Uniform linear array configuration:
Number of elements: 16
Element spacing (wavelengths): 1
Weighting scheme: blackman
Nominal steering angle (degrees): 60
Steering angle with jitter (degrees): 60.949
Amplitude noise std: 0.05
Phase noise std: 0.05

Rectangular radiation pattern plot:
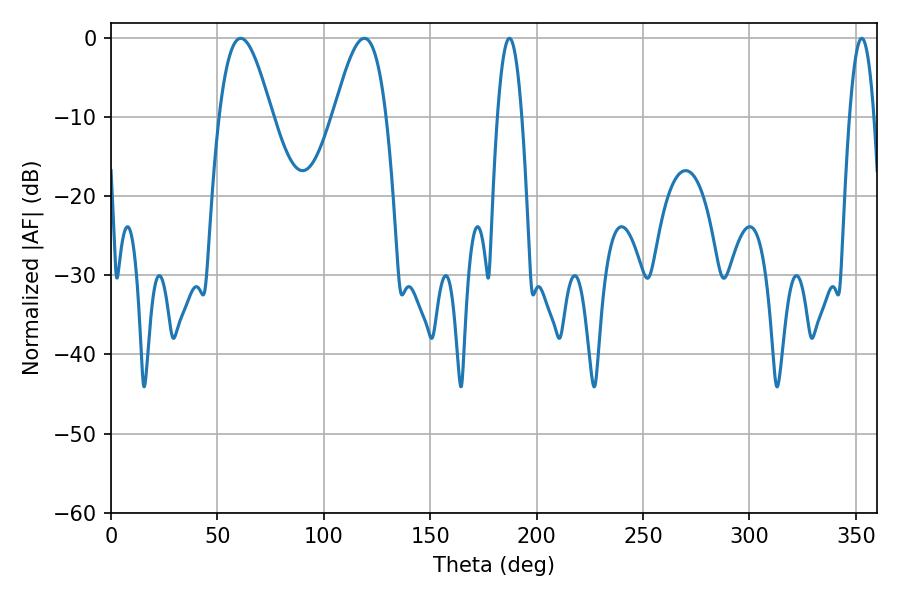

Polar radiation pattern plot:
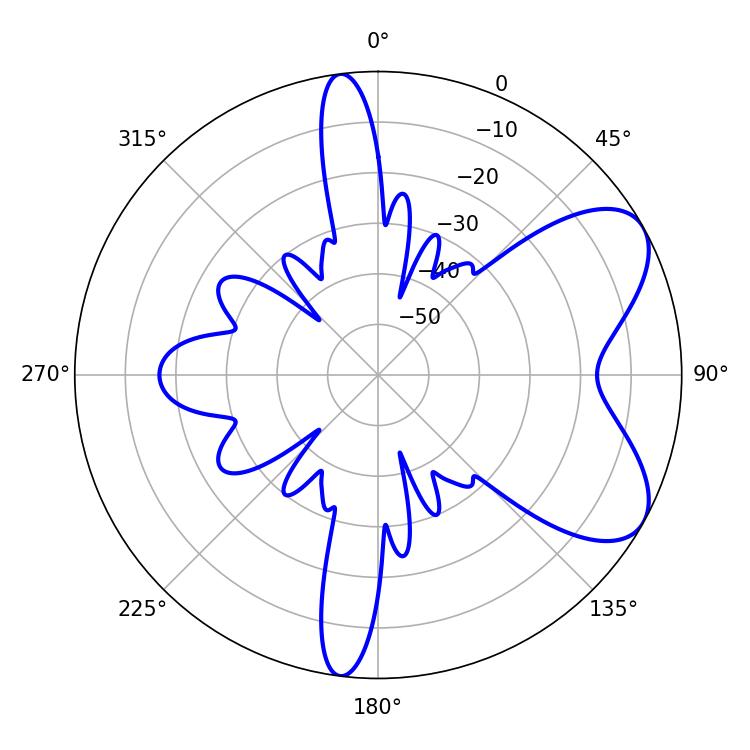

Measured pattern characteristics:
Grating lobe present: TRUE
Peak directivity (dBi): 6.761
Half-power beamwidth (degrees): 6.3
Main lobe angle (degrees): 187.2